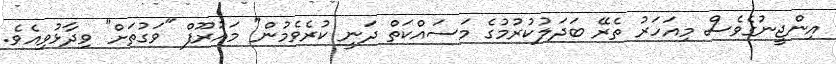
އިންޖީނުގެވެސް މިއަހަރު ތެރޭ ބަދަލުކުރުމުގެ މަސައްކަތް ދަނީ ކުރެވެމުން" މައުރޫފް "ވަގުތަށް" ވިދާޅުވިއެވެ.